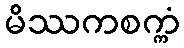
မိဿကစက္ကံ